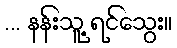
... နန်းသူ့ ရင်သွေး။